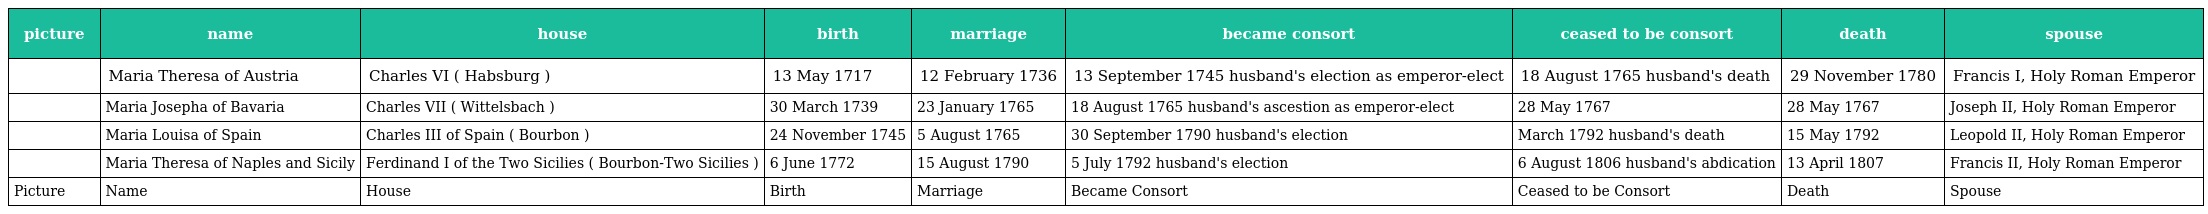
| picture | name | house | birth | marriage | became consort | ceased to be consort | death | spouse |
 | --- | --- | --- | --- | --- | --- | --- | --- | --- |
 |  | Maria Theresa of Austria | Charles VI ( Habsburg ) | 13 May 1717 | 12 February 1736 | 13 September 1745 husband's election as emperor-elect | 18 August 1765 husband's death | 29 November 1780 | Francis I, Holy Roman Emperor |
 |  | Maria Josepha of Bavaria | Charles VII ( Wittelsbach ) | 30 March 1739 | 23 January 1765 | 18 August 1765 husband's ascestion as emperor-elect | 28 May 1767 | 28 May 1767 | Joseph II, Holy Roman Emperor |
 |  | Maria Louisa of Spain | Charles III of Spain ( Bourbon ) | 24 November 1745 | 5 August 1765 | 30 September 1790 husband's election | March 1792 husband's death | 15 May 1792 | Leopold II, Holy Roman Emperor |
 |  | Maria Theresa of Naples and Sicily | Ferdinand I of the Two Sicilies ( Bourbon-Two Sicilies ) | 6 June 1772 | 15 August 1790 | 5 July 1792 husband's election | 6 August 1806 husband's abdication | 13 April 1807 | Francis II, Holy Roman Emperor |
 | Picture | Name | House | Birth | Marriage | Became Consort | Ceased to be Consort | Death | Spouse |